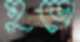
মুড়ো